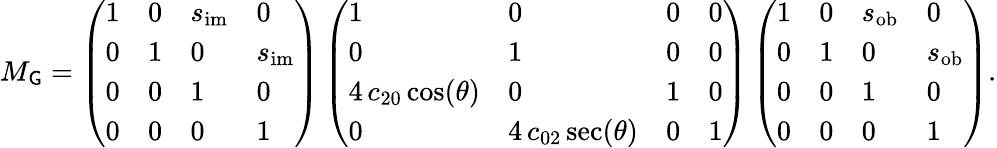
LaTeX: M_{\mathsf{G}}=\left(\begin{array}{llll}{1}&{0}&{s_{\mathrm{im}}}&{0}\\ {0}&{1}&{0}&{s_{\mathrm{im}}}\\ {0}&{0}&{1}&{0}\\ {0}&{0}&{0}&{1}\end{array}\right)\left(\begin{array}{llll}{1}&{0}&{0}&{0}\\ {0}&{1}&{0}&{0}\\ {4\, c_{20}\cos(\theta)}&{0}&{1}&{0}\\ {0}&{4\, c_{02}\sec(\theta)}&{0}&{1}\end{array}\right)\left(\begin{array}{llll}{1}&{0}&{s_{\mathrm{ob}}}&{0}\\ {0}&{1}&{0}&{s_{\mathrm{ob}}}\\ {0}&{0}&{1}&{0}\\ {0}&{0}&{0}&{1}\end{array}\right).